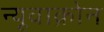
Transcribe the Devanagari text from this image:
न्यूवाक्रोन